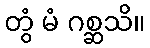
တွံ မံ ဂစ္ဆသိ။